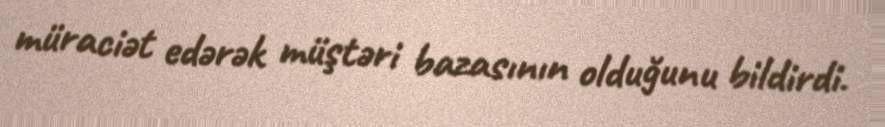
müraciət edərək müştəri bazasının olduğunu bildirdi.